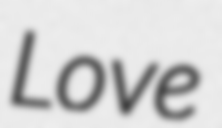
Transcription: Love